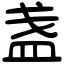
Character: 盏